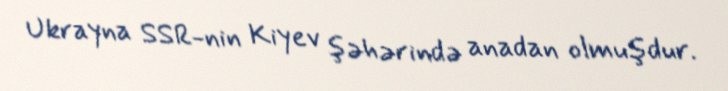
Ukrayna SSR-nin Kiyev şəhərində anadan olmuşdur.